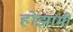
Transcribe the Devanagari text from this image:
होझामी